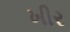
ખીર